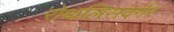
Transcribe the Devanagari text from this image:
रोथलिसवर्गर